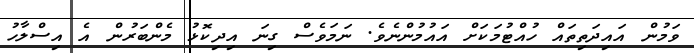
ވަމުން އައިދަަތިތައް ހުއްޓުމަކަށް އައުމުންނެވެ. ނަމަވެސް ގިނަ އިދިކޮޅު މެންބަރުން އެ އިސްލާހު